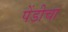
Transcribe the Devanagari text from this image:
पेंडीचा